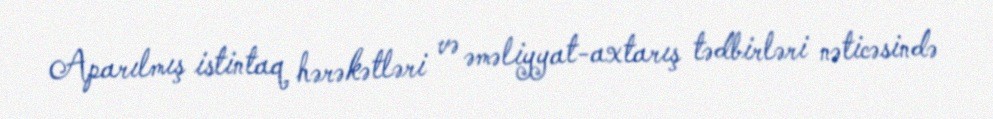
Aparılmış istintaq hərəkətləri və əməliyyat-axtarış tədbirləri nəticəsində